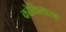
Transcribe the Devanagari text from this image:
कोकिलारव